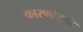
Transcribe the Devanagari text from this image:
कारणांद्वारे